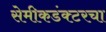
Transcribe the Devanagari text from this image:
सेमीकडंक्टरचा